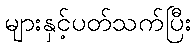
များနှင့်ပတ်သက်ပြီး